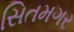
સિતમગર